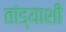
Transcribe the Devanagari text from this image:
तांड्याशी